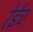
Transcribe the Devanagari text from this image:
रेईच